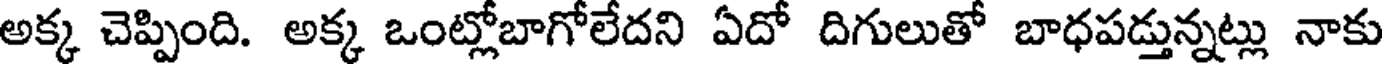
అక్క చెప్పింది. అక్క ఒంట్లోబాగోలేదని ఏదో దిగులుతో బాధపడ్తున్నట్లు నాకు